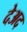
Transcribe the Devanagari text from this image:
देअद